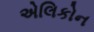
એલિકોન